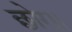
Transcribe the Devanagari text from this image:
छोर।।